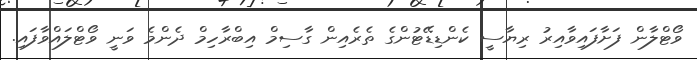
ވޯޓްލާން ފަށާފައިވާއިރު ރިޔާސީ ކެންޑިޑޭޓުންގެ ތެރެއިން ގާސިމް އިބްރާހިމް ދެންމެ ވަނީ ވޯޓްލައްވާފައި.